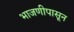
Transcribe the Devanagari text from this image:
भाजणीपासून